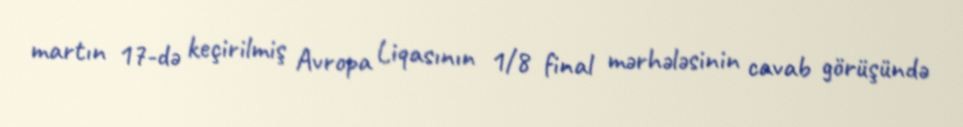
martın 17-də keçirilmiş Avropa Liqasının 1/8 final mərhələsinin cavab görüşündə